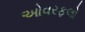
ઓવરફલો